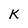
Character: K